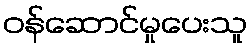
ဝန်ဆောင်မှုပေးသူ